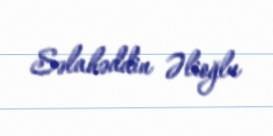
Səlahəddin Əlioğlu